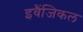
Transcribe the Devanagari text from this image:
इवैंजिकल